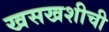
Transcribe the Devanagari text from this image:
खसखशीची